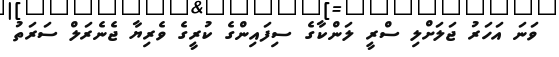
ވަނަ އަހަރު ޖަލަށްލި ސްރީ ލަންކާގެ ސިފައިންގެ ކުރީގެ ވެރިޔާ ޖެނެރަލް ސަރަތު